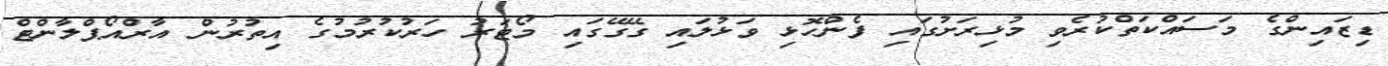
ޑިޒައިންގެ މަސައްކަތްކުރެވި މުޅިރަށުގައި ފެންހޮޅި ވަޅުލައި ގޭގޭގައި މޯޓަރު ހަރުކުރުމުގެ އިތުރުން އާރްއޯޕްލާންޓް